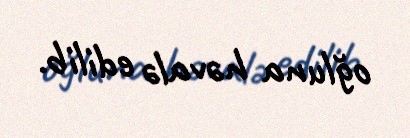
oğluna həvalə edilib.